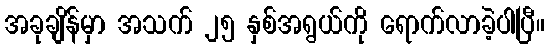
အခုချိန်မှာ အသက် ၂၅ နှစ်အရွယ်ကို ရောက်လာခဲ့ပါပြီ။